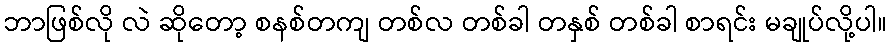
ဘာဖြစ်လို လဲ ဆိုတော့ စနစ်တကျ တစ်လ တစ်ခါ တနှစ် တစ်ခါ စာရင်း မချုပ်လို့ပါ။